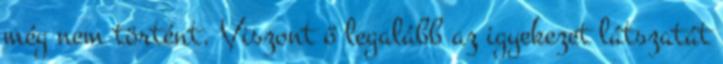
még nem történt. Viszont ő legalább az igyekezet látszatát